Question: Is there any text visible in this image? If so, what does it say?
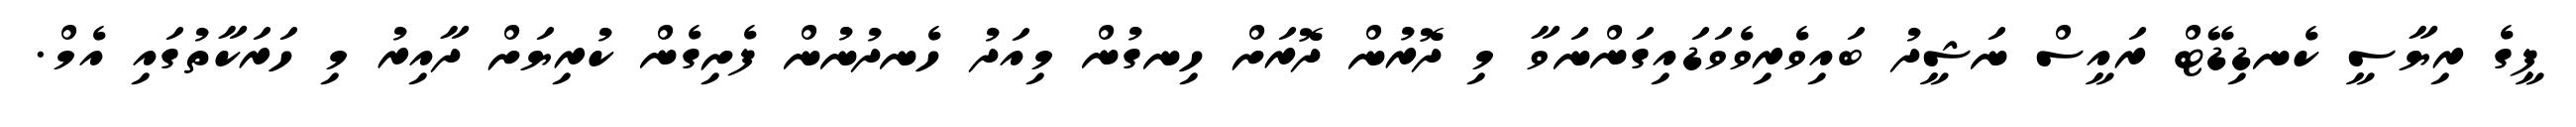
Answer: ޕީގެ ރިޔާސީ ކެނޑިޑޭޓް ރައީސް ނަޝީދު ބައިވެރިވެވަޑައިގަންނަވާ މި ދޮރުން ދޮރަށް ހިނގުން މިއަދު ހެނދުނުން ފެށިގެން ކުރިޔަށް ދާއިރު މި ހަރަކާތުގައި އެމް.